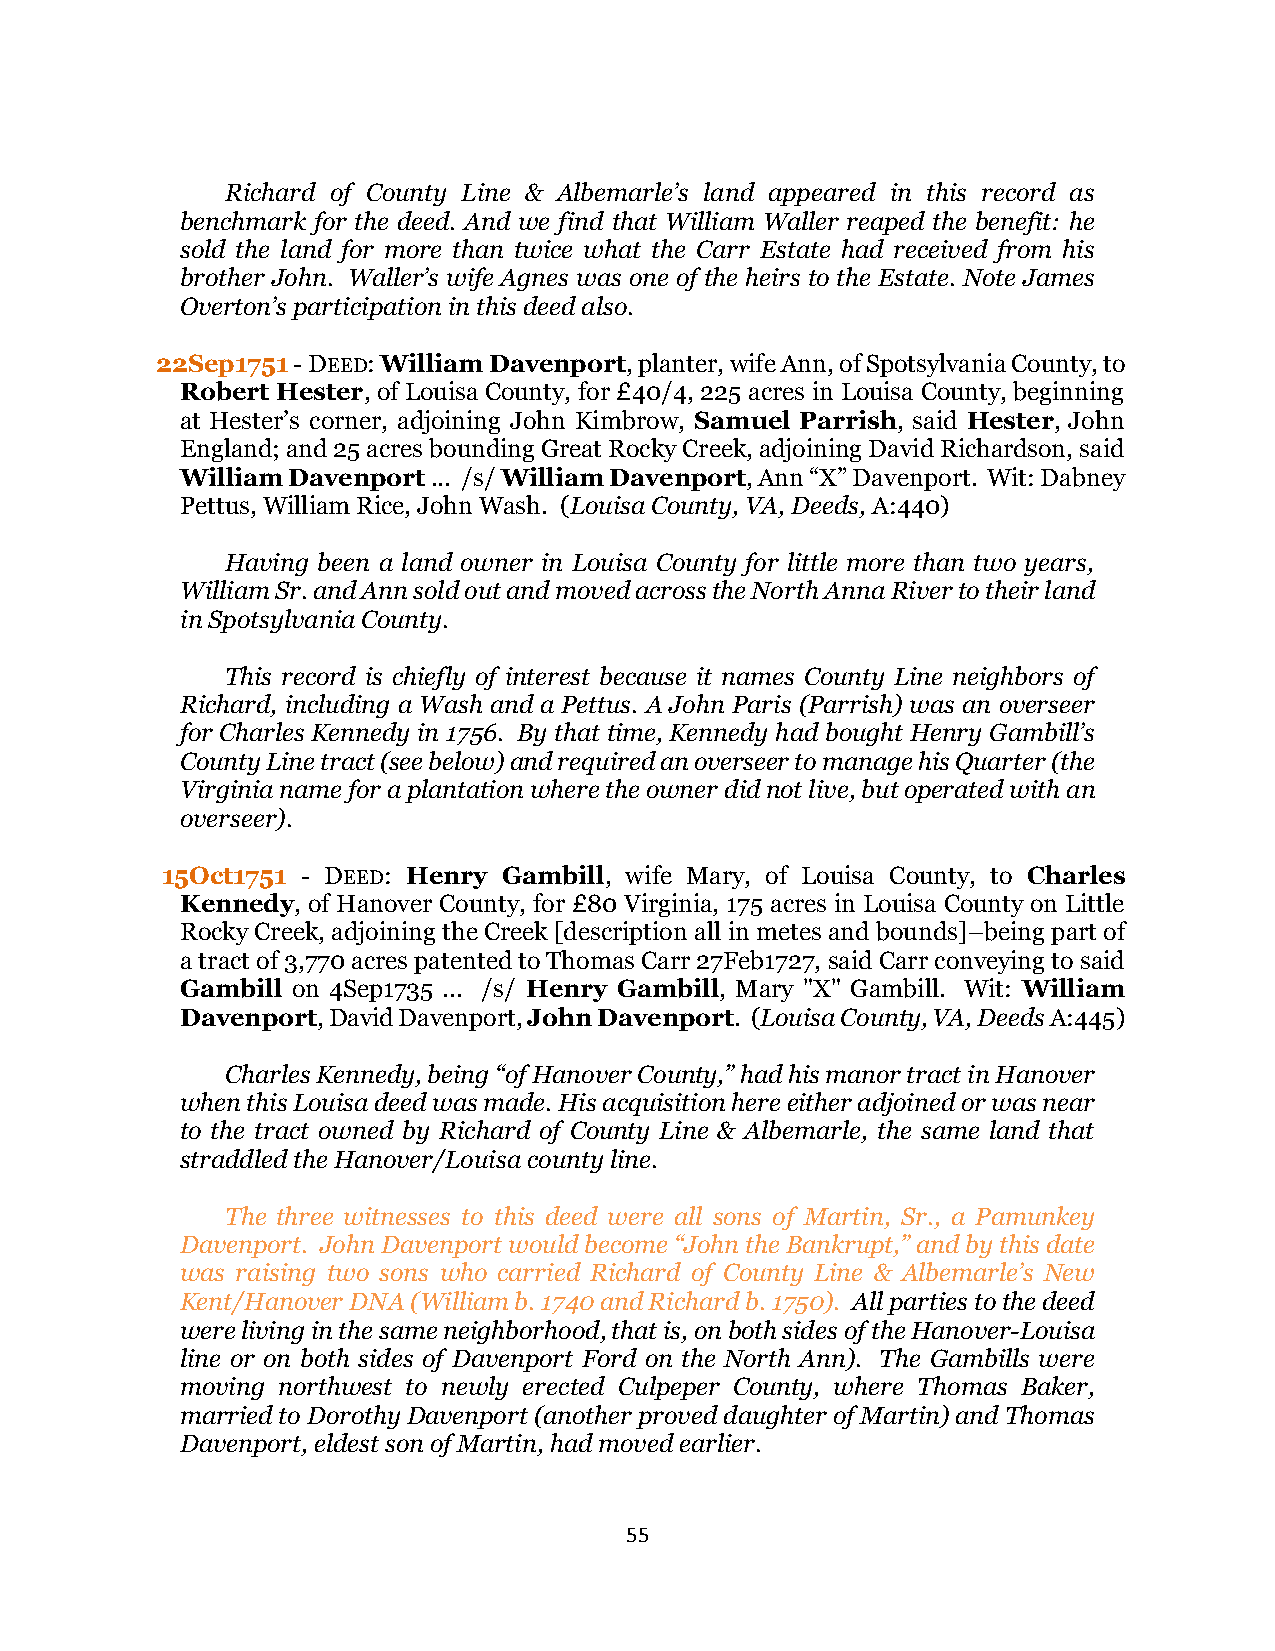
Richard of County Line & Albemarle’s land appeared in this record as
 benchmark for the deed. And we find that William Waller reaped the benefit: he
 sold the land for more than twice what the Carr Estate had received from his
 brother John. Waller’s wife Agnes was one of the heirs to the Estate. Note James
 Overton’s participation in this deed also.
 22Sep1751 - DEED: William Davenport, planter, wife Ann, of Spotsylvania County, to
 Robert Hester, of Louisa County, for £40/4, 225 acres in Louisa County, beginning
 at Hester’s corner, adjoining John Kimbrow, Samuel Parrish, said Hester, John
 England; and 25 acres bounding Great Rocky Creek, adjoining David Richardson, said
 William Davenport ... /s/ William Davenport, Ann “X” Davenport. Wit: Dabney
 Pettus, William Rice, John Wash. (Louisa County, VA, Deeds, A:440)
 Having been a land owner in Louisa County for little more than two years,
 William Sr. and Ann sold out and moved across the North Anna River to their land
 in Spotsylvania County.
 This record is chiefly of interest because it names County Line neighbors of
 Richard, including a Wash and a Pettus. A John Paris (Parrish) was an overseer
 for Charles Kennedy in 1756. By that time, Kennedy had bought Henry Gambill’s
 County Line tract (see below) and required an overseer to manage his Quarter (the
 Virginia name for a plantation where the owner did not live, but operated with an
 overseer).
 15Oct1751 - DEED: Henry Gambill, wife Mary, of Louisa County, to Charles
 Kennedy, of Hanover County, for £80 Virginia, 175 acres in Louisa County on Little
 Rocky Creek, adjoining the Creek [description all in metes and bounds]–being part of
 a tract of 3,770 acres patented to Thomas Carr 27Feb1727, said Carr conveying to said
 Gambill on 4Sep1735 ... /s/ Henry Gambill, Mary "X" Gambill. Wit: William
 Davenport, David Davenport, John Davenport. (Louisa County, VA, Deeds A:445)
 Charles Kennedy, being “of Hanover County,” had his manor tract in Hanover
 when this Louisa deed was made. His acquisition here either adjoined or was near
 to the tract owned by Richard of County Line & Albemarle, the same land that
 straddled the Hanover/Louisa county line.
 The three witnesses to this deed were all sons of Martin, Sr., a Pamunkey
 Davenport. John Davenport would become “John the Bankrupt,” and by this date
 was raising two sons who carried Richard of County Line & Albemarle’s New
 Kent/Hanover DNA (William b. 1740 and Richard b. 1750). All parties to the deed
 were living in the same neighborhood, that is, on both sides of the Hanover-Louisa
 line or on both sides of Davenport Ford on the North Ann). The Gambills were
 moving northwest to newly erected Culpeper County, where Thomas Baker,
 married to Dorothy Davenport (another proved daughter of Martin) and Thomas
 Davenport, eldest son of Martin, had moved earlier.
 55